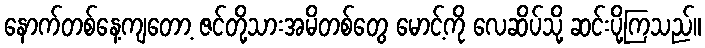
နောက်တစ်နေ့ကျတော့ ဇင်တို့သားအမိတစ်တွေ မောင့်ကို လေဆိပ်သို့ ဆင်းပို့ကြသည်။